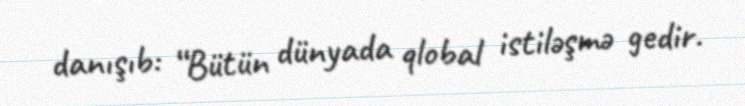
danışıb: “Bütün dünyada qlobal istiləşmə gedir.